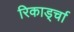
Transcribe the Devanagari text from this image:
रिकार्ड्चा